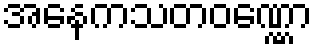
အနေကသတဝဏ္ဏော